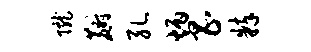
陇麝孔炳昌粹